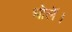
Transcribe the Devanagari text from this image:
धोलें।